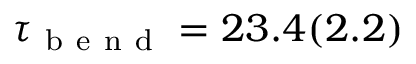
\tau _ { \mathrm { ~ b ~ e ~ n ~ d ~ } } = 2 3 . 4 ( 2 . 2 )